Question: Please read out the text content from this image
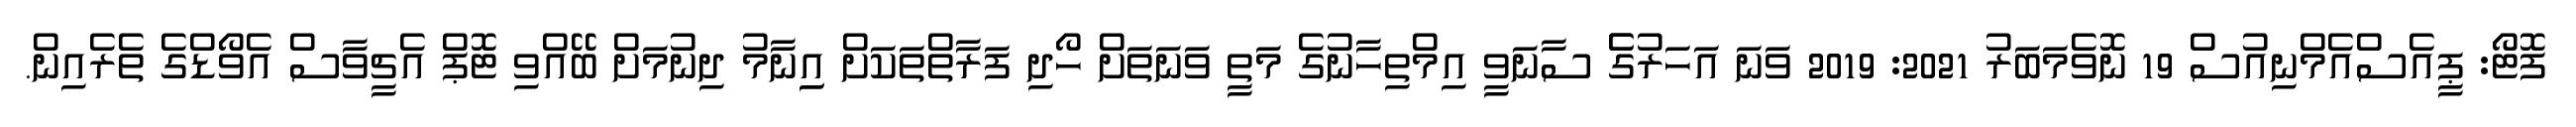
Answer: ފޮޓޯ: ޕީއެސްއެމްނިއުސް 19 ނޮވެމަބަރު 2021: 2019 ވަނަ އަހަރުގެެ ސާނަވީ އިމްތިހާނުގެ މަތީ ވަނަތަށް ހޯދި ފަރާތްތަކަށް އިިނާމު ދިނުމަށް ބޭއްވި ޓޮޕް އެޗީވާސް އެވޯޑްގެ ތެރެއިން.